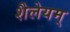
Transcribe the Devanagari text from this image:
शैलेयम्